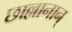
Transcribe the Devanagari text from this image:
छाल्लानान्